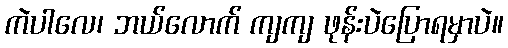
ကဲပါလေ၊ ဘယ်လောက် ကျကျ ဖုန်းပဲပြောရမှာပဲ။